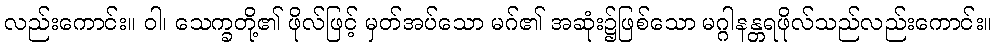
လည်းကောင်း။ ဝါ၊ သေက္ခတို့၏ ဖိုလ်ဖြင့် မှတ်အပ်သော မဂ်၏ အဆုံး၌ဖြစ်သော မဂ္ဂါနန္တရဖိုလ်သည်လည်းကောင်း။